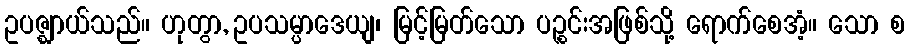
ဥပဇ္ဈာယ်သည်။ ဟုတွာ, ဥပသမ္ပာဒေယျ၊ မြင့်မြတ်သော ပဉ္စင်းအဖြစ်သို့ ရောက်စေအံ့။ သော စ